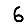
Digit: 6